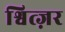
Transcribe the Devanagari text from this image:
श्वित्ज़र